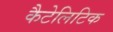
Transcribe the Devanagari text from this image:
कैटेलिटिक